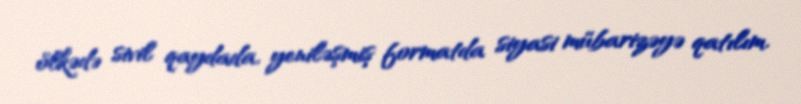
ölkədə sivil qaydada, yeniləşmiş formatda siyasi mübarizəyə qatılım.